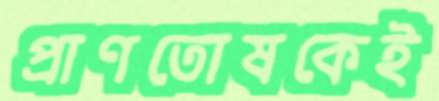
প্রাণতোষকেই